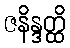
ဇနိန္ဒတ္ထိ